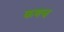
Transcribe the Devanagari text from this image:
कणच